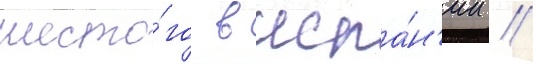
шесто́го в испа́н'ии //